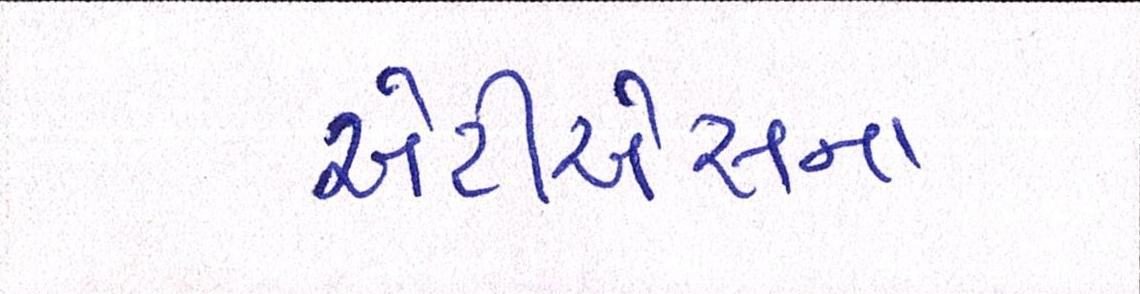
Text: એટીએસના